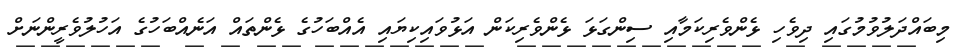
މިބައްދަލުވުމުގައި ދިވެހި ޅެންވެރިކަމާއި ސިންގަޅަ ޅެންވެރިކަން އަޅުވައިކިޔައި އެއްބަހުގެ ޅެންތައް އަނެއްބަހުގެ އަހުލުވެރީންނަށް